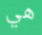
هي